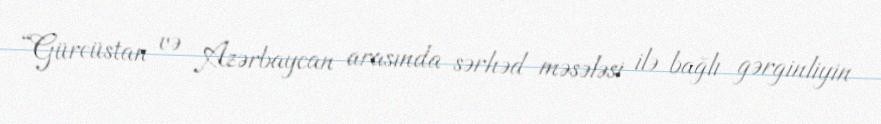
“Gürcüstan və Azərbaycan arasında sərhəd məsələsi ilə bağlı gərginliyin